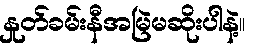
နှုတ်ခမ်းနီအမြဲမဆိုးပါနဲ့။